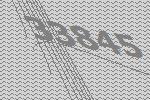
33845